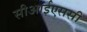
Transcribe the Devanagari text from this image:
सीआईएससी